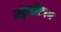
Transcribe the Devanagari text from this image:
संकुचीकरण